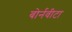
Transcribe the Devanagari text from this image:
बोर्नवीटा